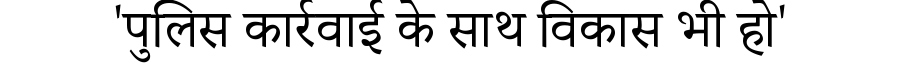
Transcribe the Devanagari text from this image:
'पुलिस कार्रवाई के साथ विकास भी हो'